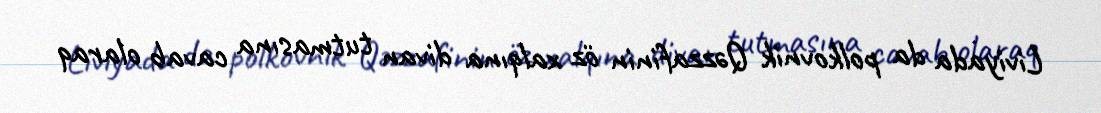
Liviyada da polkovnik Qəzzafinin öz xalqına divan tutmasına cavab olaraq